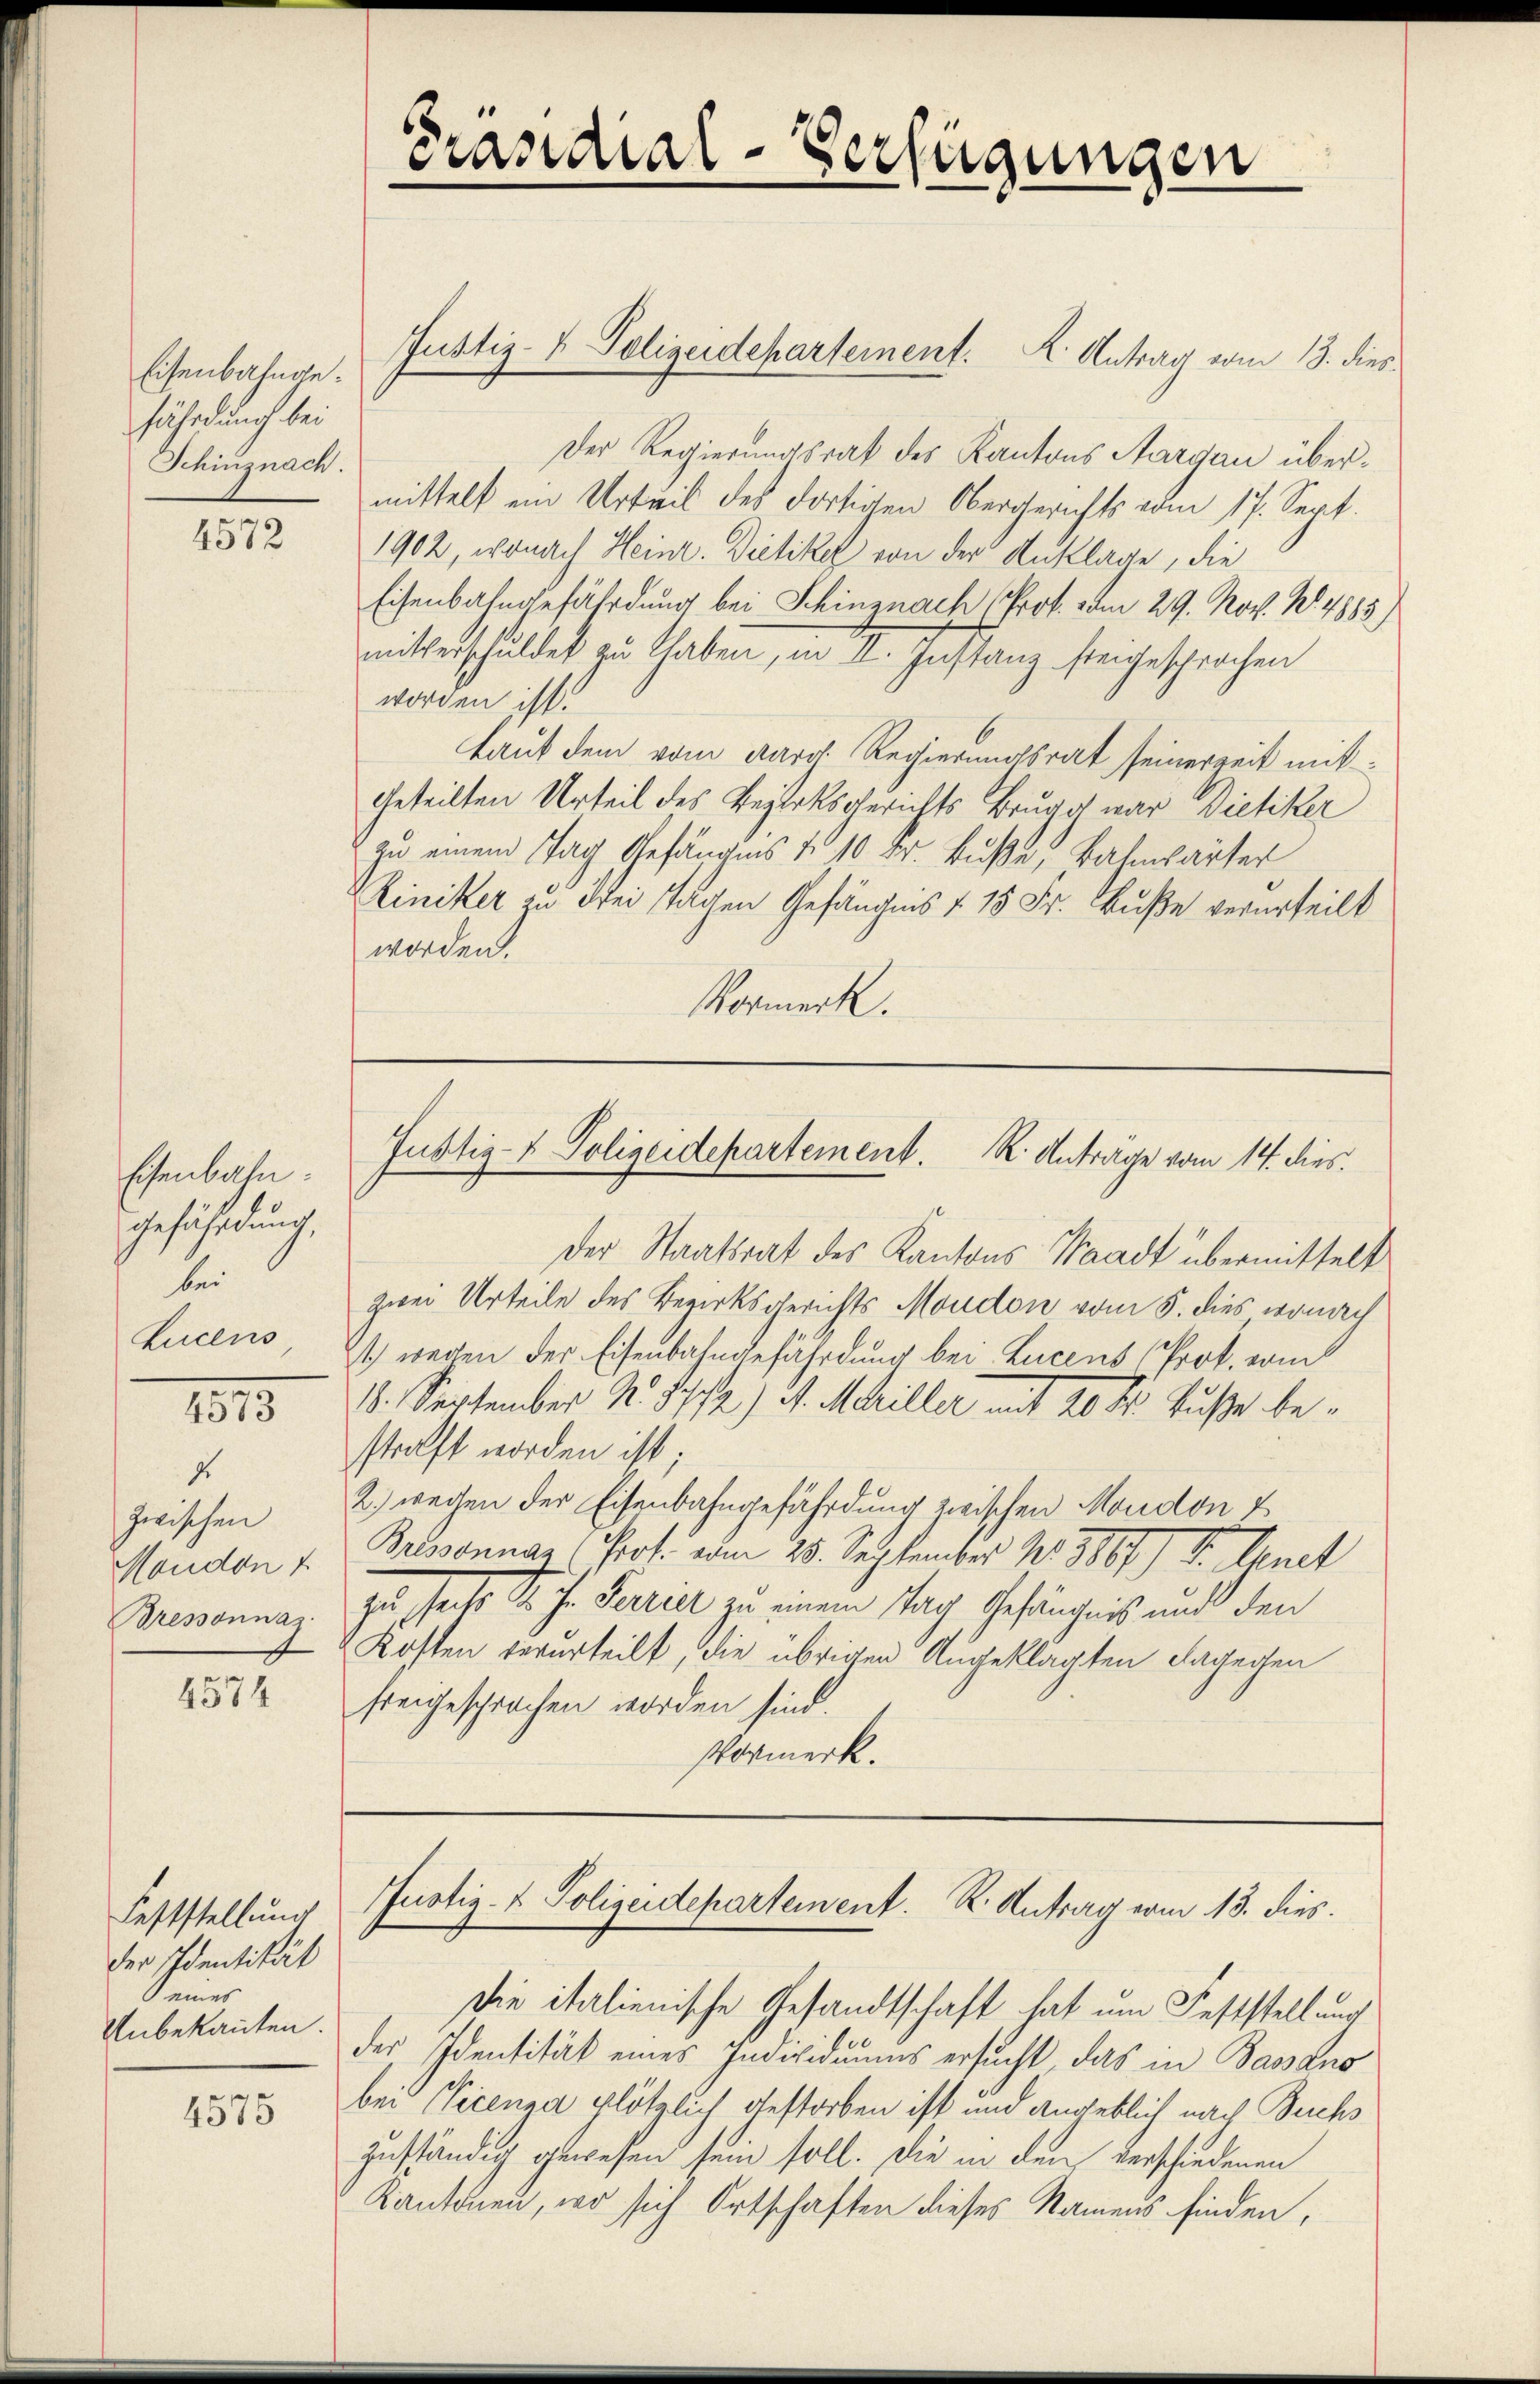
Eisenbahngefährdunch bei
Schinznach.

4572

Eisenbahn.
Gefährdung,
bei
Lucens

4573

d
zwischen
Moudon 1
Bressonnas

4574

Feststellung
der Identität
eines
Unbekannten.

4575

Präsidial-Verfügungen

Der Regierungsrat des Kantons Aargau übermittelt ein Urteil des dortigen Obergerichts vom 17. Sept.
1902, wonach Heinr. Dietikel von der Anklage, die
Eisenbahngefährdung bei Schinznach (Prof. vom 29. Nov. N. 4885)
mitterschuldet zu haben, in II. Instanz steigesprochen
worden ist!
Laut dem vom Aarg. Regierungsrat seinerzeit mit¬
Geteilten Urteil des Bezirksgerichts Brugg war Dietiker
zu einem Tag Gefängnis & 10 Fr. Buße, Bahnwärter
Riniker zu drei sagen Gefängens § 15 Fr. Buße verurteilt
worden.
Vormerk.

Der Staatsrat des Kantons Waadt übermittelt
zwei Urteile des Bezirksgerichts Moudon vom 5. dies wonach
t) wegen der Eisenbahngefährdung bei Lucens Prot. vom
1. September N. 572) St. Mariller mit 20 kr. Buße bestraft worden ist;
2.) wegen der Eisenbahngefährdung zwischen Moudon u
Brisonnar Prot. vom 28. September No 3807) S. Arnet
zu hat. S. ihr Parer zu einem Nach Gefängnis und den
Kosten verurteilt, die übrigen Angeklagten dagegen
freigesprochen worden sind.
Vormerk.

Die italienische Gesandtschaft hat um Feststellung
der Identität eines Individuums ersucht das in Bassano
bei Vicenza plötzlich gestorben ist und angeblich nach Buchs
zuständig gewesen sein soll. Die in den verschiedenen
Kantonen, wo sich Ortschaften dieses Namens finden,

Justiz- & Polizeidepartement. K. Antrag vom 13. dies

Justiz- & Polizeidepartement. R. Antrage vom 14. dies

Justiz- & Polizeidepartement. R. Antrag vom 13. dies.